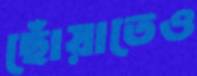
ছোঁয়াতেও